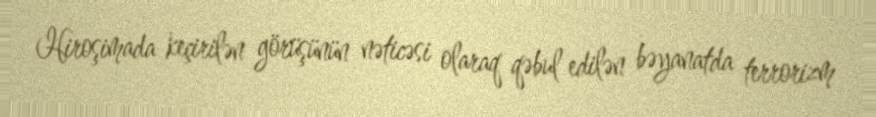
Hiroşimada keçirilən görüşünün nəticəsi olaraq qəbul edilən bəyanatda terrorizm